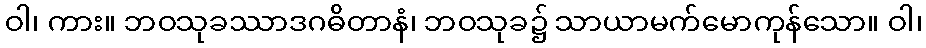
ဝါ၊ ကား။ ဘဝသုခဿာဒဂဓိတာနံ၊ ဘဝသုခ၌ သာယာမက်မောကုန်သော။ ဝါ၊